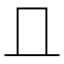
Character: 𠀃